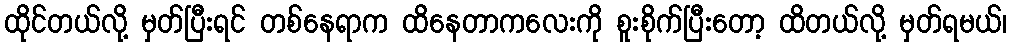
ထိုင်တယ်လို့ မှတ်ပြီးရင် တစ်နေရာက ထိနေတာကလေးကို စူးစိုက်ပြီးတော့ ထိတယ်လို့ မှတ်ရမယ်၊